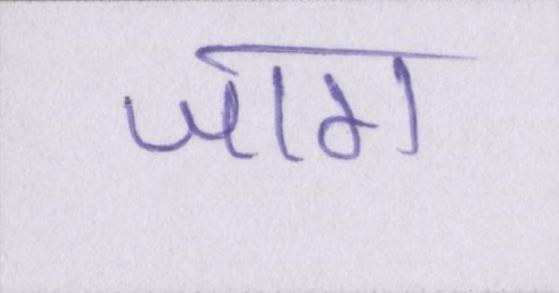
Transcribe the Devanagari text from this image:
जाग